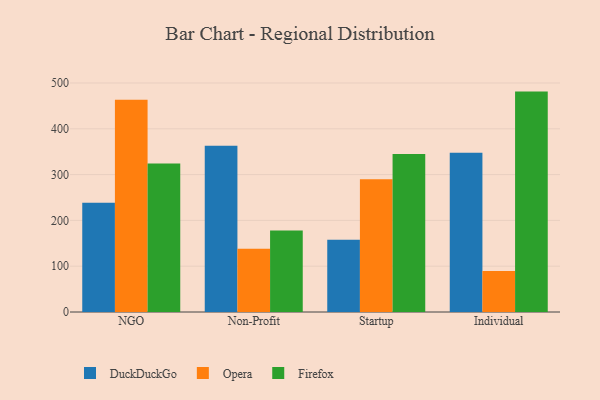
{"axis": {"x": "Segment", "y": "Website Visitors"}, "legend": ["DuckDuckGo", "Firefox", "Opera"], "data": [{"x": "NGO", "y": 238.7, "type": "DuckDuckGo"}, {"x": "NGO", "y": 463.3, "type": "Opera"}, {"x": "NGO", "y": 324.4, "type": "Firefox"}, {"x": "Non-Profit", "y": 363.2, "type": "DuckDuckGo"}, {"x": "Non-Profit", "y": 138.1, "type": "Opera"}, {"x": "Non-Profit", "y": 177.8, "type": "Firefox"}, {"x": "Startup", "y": 157.9, "type": "DuckDuckGo"}, {"x": "Startup", "y": 290.0, "type": "Opera"}, {"x": "Startup", "y": 344.8, "type": "Firefox"}, {"x": "Individual", "y": 347.5, "type": "DuckDuckGo"}, {"x": "Individual", "y": 89.5, "type": "Opera"}, {"x": "Individual", "y": 481.2, "type": "Firefox"}]}